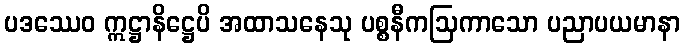
ပဒဿေဝ ဣဋ္ဌာနိဋ္ဌေပိ အထာသနေသု ပစ္စနီကဩကာသော ပညာပယမာနာ